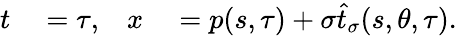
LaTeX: \begin{array}{rlrl}{t}&{{}=\tau,}&{x}&{{}=p(s,\tau)+\sigma\widehat{t}_{\sigma}(s,\theta,\tau).}\end{array}